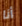
أنا